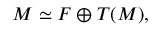
M \simeq F \oplus T ( M ) ,